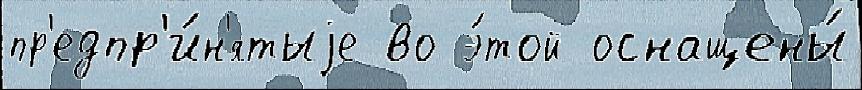
пр'едпр'и́н'ятыjе во э́той оснащены́